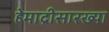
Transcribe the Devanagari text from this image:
हेमाद्रीसारख्या